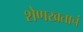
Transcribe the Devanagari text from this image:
शेणखताचं